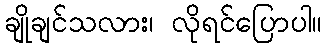
ချိုချင်သလား၊ လိုရင်ပြောပါ။